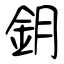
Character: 鈅